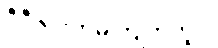
ဒီဒီဇိုင်းကိုမကြိုက်ဘူး။